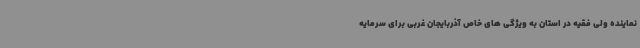
نماینده ولی فقیه در استان به ویژگی های خاص آذربایجان غربی برای سرمایه